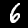
Digit: 6